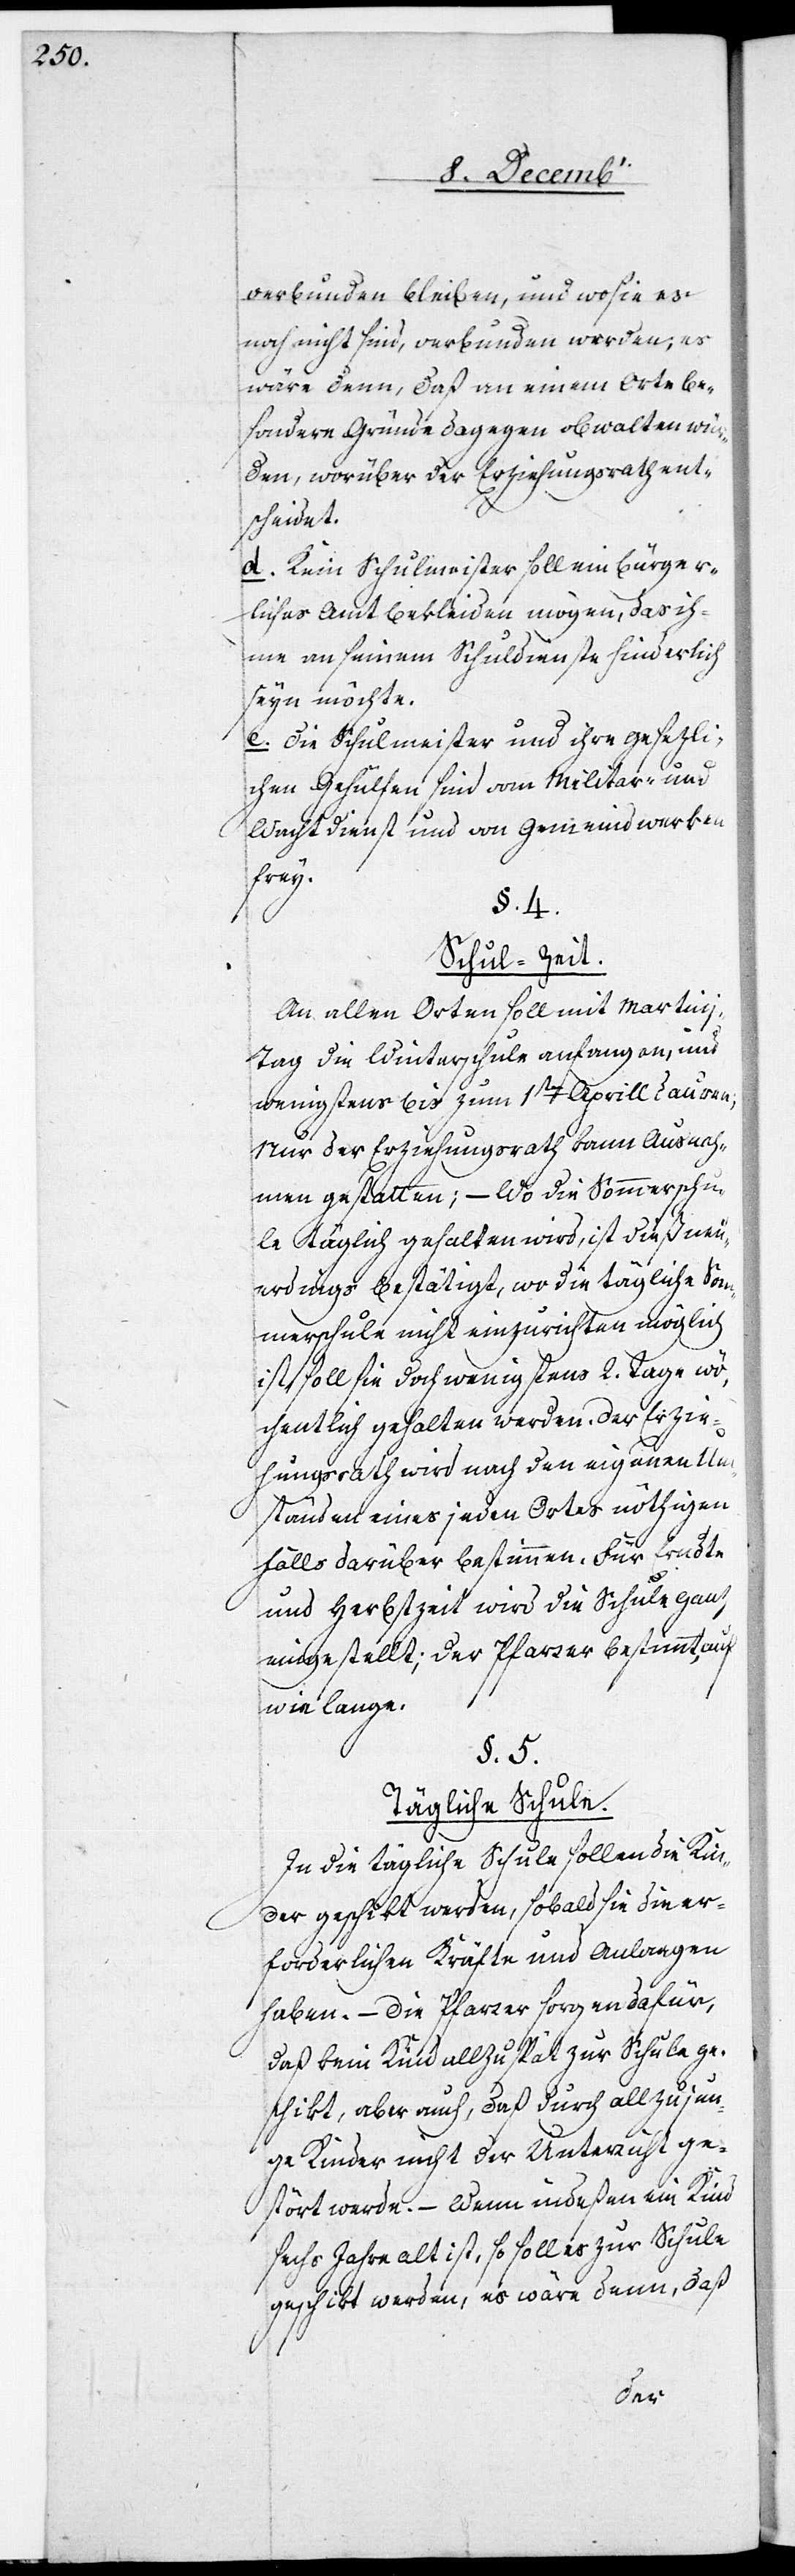
verbunden bleiben, und wo sie es
noch nicht sind, verbunden werden, es
wäre denn, daß an einem Orte be¬
sondere Gründe dagegen obwalten wür¬
den, worüber der Erziehungsrath ent¬
scheidet.
d. Kein Schulmeister soll ein bürger¬
liches Amt bekleiden mögen, das ih¬
me an seinem Schuldienste hinderlich
sein möchte.
e. Die Schulmeister und ihre gesetzli¬
chen Gehülfen sind vom Militär- und
Wachtdienst und von Gemeindwerken
frey.
§. 4.
Schul-Zeit.
An allen Orten soll mit Martin¬
i-Tag die Winterschule anfangen, und
wenigstens bis zum 1sten Aprill dauren;
Nur der Erziehungsrath kann Ausnah¬
men gestatten; – Wo die Sommerschu¬
le täglich gehalten wird, ist dieß neu¬
erdings bestätigt, wo die tägliche Som¬
merschule nicht einzurichten möglich
ist, soll sie doch wenigstens 2. Tage wö¬
chentlich gehalten werden. Der Erzie¬
hungsrath wird nach den eigenen Um¬
ständen eines jeden Ortes nöthigen¬
falls darüber bestimmen. Für Erndt¬
e[-]
und Herbszeit wird die Schule ganz
eingestellt; der Pfarrer bestimmt,
wie lange.
§. 5.
Tägliche Schule.
In die tägliche Schule sollen die Kin¬
der geschikt werden, sobald sie die er¬
forderlichen Kräfte und Anlagen
haben. – Die Pfarrer sorgen dafür,
daß kein Kind allzu spät zur Schule ge¬
schikt, aber auch, daß durch allzu jun¬
ge Kinder nicht der Unterricht ge¬
stört werde. – Wenn indeßen ein Kind
sechs Jahre alt ist, so soll es zur Schule
geschikt werden, es wäre denn, daß